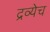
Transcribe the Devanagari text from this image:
द्रव्येच